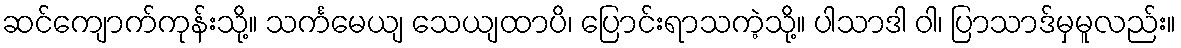
ဆင်ကျောက်ကုန်းသို့။ သင်္ကမေယျ သေယျထာပိ၊ ပြောင်းရာသကဲ့သို့။ ပါသာဒါ ဝါ၊ ပြာသာဒ်မှမူလည်း။